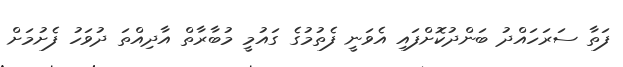
ފަތާ ސަރަހައްދު ބަންދުކޮށްފައި އެވަނީ ފެތުމުގެ ގައުމީ މުބާރާތް އާދިއްތަ ދުވަހު ފެށުމަށް